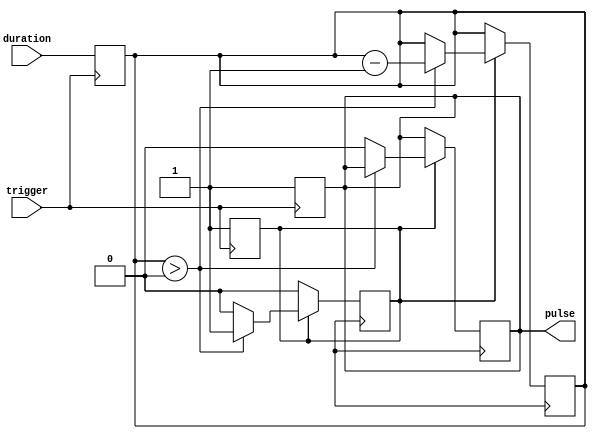
module one_shot_timer(
    input wire trigger,
    input wire [7:0] duration,
    output reg pulse
);

reg [7:0] timer;
reg [7:0] sync_counter;
reg pulse_started;

always @ (posedge trigger) begin
    pulse <= 1;
    pulse_started <= 1;
    timer <= duration;
    sync_counter <= 0;
end

always @ (posedge clk) begin
    if (pulse_started) begin
        if (timer > 0) begin
            timer <= timer - 1;
        end else begin
            pulse <= 0;
            pulse_started <= 0;
        end
    end
    if (sync_counter < 10) begin
        sync_counter <= sync_counter + 1;
    end
end

endmodule